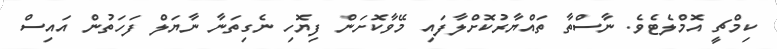
ކިމްޗީ އޮމްލެޓެވެ. ނާސްތާ ތައްޔާރުކޮށްލާފައި މޭވާކޮށަން ފިޔޮހި ނެގިތަނާ ނާޔަލް ފަހަތުން އައިސް